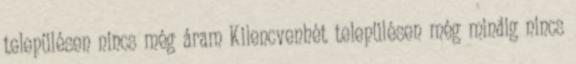
településen nincs még áram Kilencvenhét településen még mindig nincs